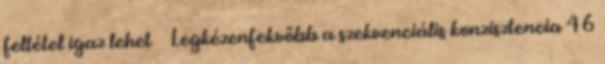
feltétel igaz lehet ● Legkézenfekvőbb a szekvenciális konzisztencia 46